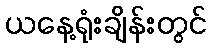
ယနေ့ရုံးချိန်းတွင်